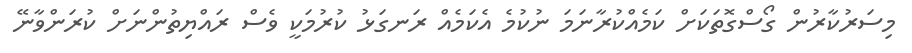
މިސަރުކާރުން ގޯސްގޮތަކަށް ކަމެއްކުރާނަމަ ނުކުމެ އެކަމެއް ރަނގަޅު ކުރުމަކީ ވެސް ރައްޔިތުންނަށް ކުރަންވާނޭ